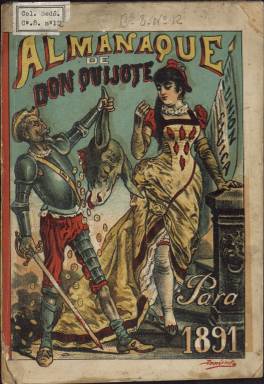
Título: Almanaque de Don Quijote (Buenos Aires)
Colección: Almanaques
Ámbito geográfico: Argentina
Lugar de publicación: Buenos Aires
Fechas: 01/01/1891-31/12/1891

Este almanaque argentino de finales del siglo XIX lleva el título de Don Quijote no sólo porque la inmortal obra de Cervantes fuera muy popular en este país y en toda Hispanoamérica sino sobre todo porque su director, Eduardo Sojo, precursor de la caricatura política, era español y editaba en Buenos Aires un semanario satírico, republicano y anticlerical también titulado Don Quijote.

    La BNE sólo tiene el almanaque correspondiente a 1891, pero según la información disponible en la Biblioteca Nacional de Argentina esta publicación comenzó en 1885 y se prolongó hasta 1892. A partir de 1893 se editó en España una vez que Sojo regresó a nuestro país y el semanario del mismo nombre comenzó a editarse en España.

   Sojo, director del almanaque, utilizaba el seudónimo de Demócrito y era también el principal ilustrador. A él pertenecen los dibujos de las cubiertas, que eran litografías en colores. También se imprimía en color la contracubierta. En el número que posee la BNE puede verse en la cubierta a Don Quijote y en la contracubierta a Sancho Panza, ambos dibujados en sendas caricaturas con intencionalidad política.

Otros ilustradores del almanaque, de acuerdo con la Biblioteca Nacional de Argentina, fueron Manuel Mayol, también español, Francisco Fortuny, Urrutia y Laporta.

   En el almanaque de 1891, que arranca con el calendario y su santoral, podemos ver luego las caricaturas de políticos argentinos de la época acompañadas de unos versos cómicos o críticos. Estas caricaturas y sobre todo las que se publicaban en el semanario, fundado en 1884, un año antes que el almanaque, provocaron que Sojo pasara un tiempo en la cárcel, aunque estando en prisión no dejó de dibujar. Hasta le llegaron a secuestrar las piedras litográficas con las que se realizaban los hirientes grabados que tanto molestaban a los políticos, muchos de los cuales eran caricaturizados como animales. El presidente argentino Miguel Juárez Celman era dibujado como un burro con amplias orejas.

  Antes de emigrar a Argentina en 1883, Sojo había trabajado en publicaciones humorísticas y satíricas españolas como El Motín, Madrid Cómico, Gil Blas o La Broma. Su estilo muy personal fue imitado por otros dibujantes. Tras permanecer durante diez años en Argentina volvió a España y siguió trabajando hasta su muerte en Madrid en 1908.

   Eduardo Sojo, Demócrito, fue uno de los principales protagonistas de la prensa satírica española de la segunda mitad del siglo XIX y padre de la caricatura política argentina. Un estudio de este importante personaje puede leerse en internet en la Revista Científica de Información y Comunicación a cargo de Antonio Laguna Platero, de la Universidad de Castilla La Mancha, y Francesc. A. Martínez Gallego, de la Universidad de Valencia.

[Descripción publicada el 16/8/2022]